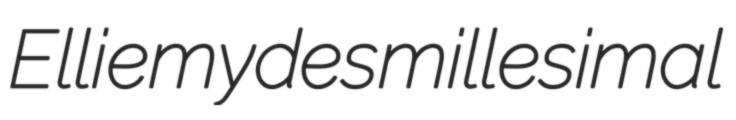
Elli emydes millesimal